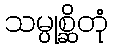
သမ္ပုစ္ဆိတုံ